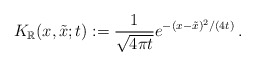
\begin{align*}K_{\mathbb{R}}(x,\tilde x;t):=\frac1{\sqrt{4\pi t}}e^{-(x-\tilde x)^2/(4t)}\,.\end{align*}